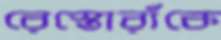
রেস্তোরাঁকে